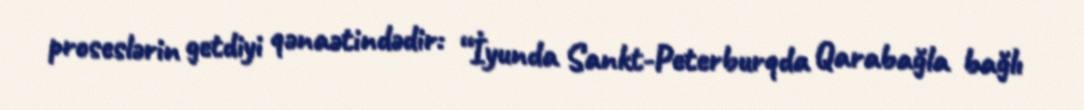
proseslərin getdiyi qənaətindədir: “İyunda Sankt-Peterburqda Qarabağla bağlı